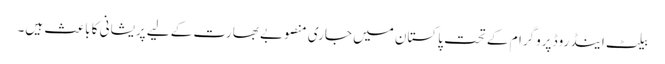
بیلٹ اینڈ روڈ پروگرام کے تحت پاکستان میں جاری منصوبے بھارت کے لیے پریشانی کا باعث ہیں۔